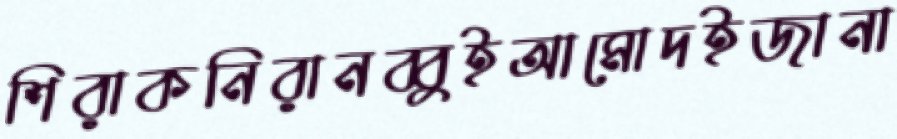
শিরাকনিরানব্বুইআমোদইজানা